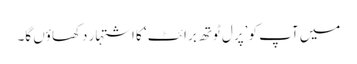
میں آپ کو ’پرل ٹوتھ برائٹ‘ کا اشتہار دکھاؤں گا۔